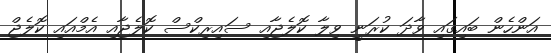
އަންހެން ބައިގައި ވާދަ ކުރަނީ ވިލާ ކޮލެޖާއި ސައިރިކްސް ކޮލެޖާއި އެމްއައި ކޮލެޖް